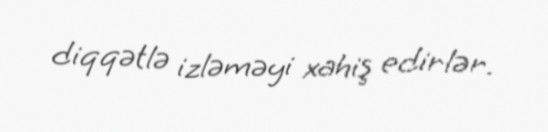
diqqətlə izləməyi xahiş edirlər.